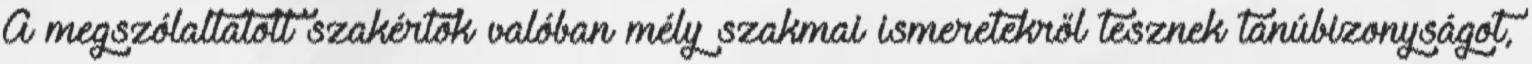
A megszólaltatott szakértők valóban mély szakmai ismeretekről tesznek tanúbizonyságot,